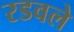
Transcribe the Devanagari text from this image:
रडवले